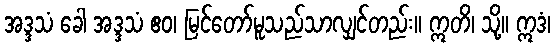
အဒ္ဒသံ ခေါ အဒ္ဒသံ ဧဝ၊ မြင်တော်မူသည်သာလျှင်တည်း။ ဣတိ၊ သို့။ ဣဒံ၊